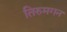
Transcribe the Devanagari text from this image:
तिरुमगन